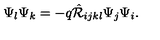
\Psi _ { l } \Psi _ { k } = - q \hat { { \cal R } } _ { i j k l } \Psi _ { j } \Psi _ { i } .